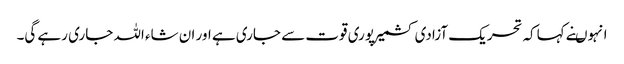
انہوںنے کہاکہ تحریک آزادی کشمیرپوری قوت سے جاری ہے اور ان شاء اللہ جاری رہے گی۔